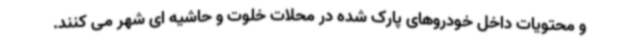
و محتویات داخل خودروهای پارک شده در محلات خلوت و حاشیه ای شهر می کنند.